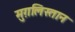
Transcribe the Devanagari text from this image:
मुग़लिस्तान